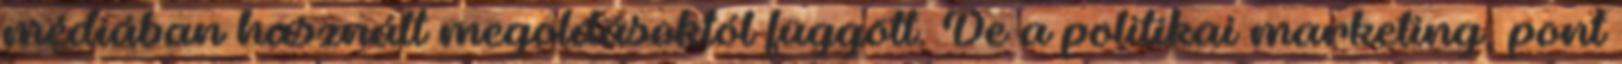
médiában használt megoldásoktól függött. De a politikai marketing, pont